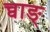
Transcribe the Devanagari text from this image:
च्वाङ्